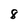
Character: 8